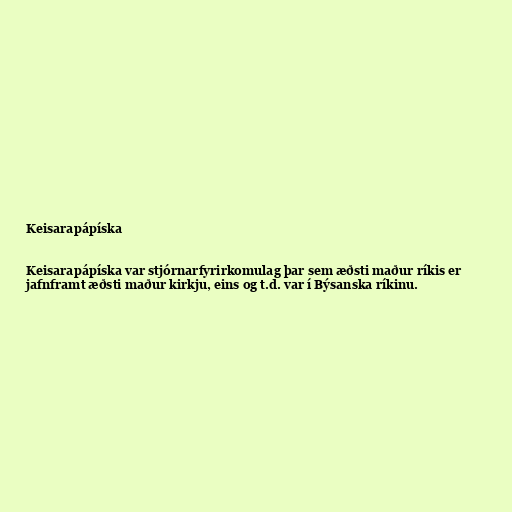
Keisarapápíska

Keisarapápíska var stjórnarfyrirkomulag þar sem æðsti maður ríkis er
jafnframt æðsti maður kirkju, eins og t.d. var í Býsanska ríkinu.